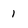
Character: 1